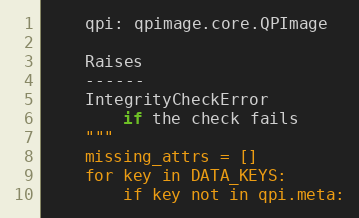
Language: Python
    qpi: qpimage.core.QPImage

    Raises
    ------
    IntegrityCheckError
        if the check fails
    """
    missing_attrs = []
    for key in DATA_KEYS:
        if key not in qpi.meta: